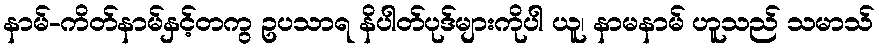
နာမ်-ကိတ်နာမ်နှင့်တကွ ဥပသာရ နိပါတ်ပုဒ်များကိုပါ ယူ၊ နာမနာမ် ဟူသည် သမာသ်